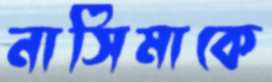
নাসিমাকে